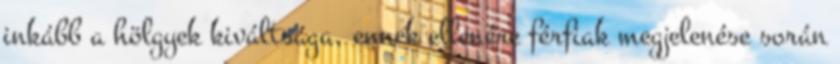
inkább a hölgyek kiváltsága, ennek ellenére férfiak megjelenése során